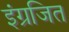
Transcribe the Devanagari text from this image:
इंग्रजित